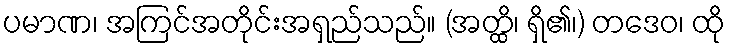
ပမာဏ၊ အကြင်အတိုင်းအရှည်သည်။ (အတ္ထိ၊ ရှိ၏၊) တဒေဝ၊ ထို